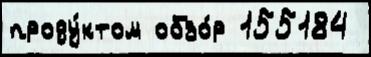
проду́ктом обзо́р 155184